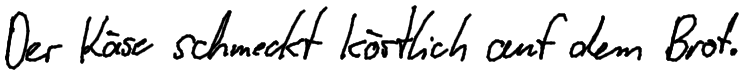
Der Käse schmeckt köstlich auf dem Brot.